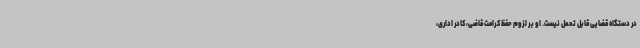
در دستگاه قضایی قابل تحمل نیست. او بر لزوم حفظ کرامت قاضی، کادر اداری،